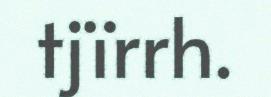
tjïrrh.